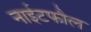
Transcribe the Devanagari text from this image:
नाईटफौल